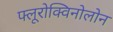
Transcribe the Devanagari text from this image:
फ्लूरोक्विनोलोन